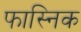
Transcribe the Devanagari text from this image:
फास्निक